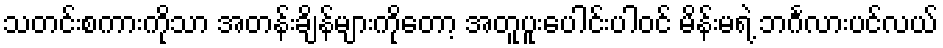
သတင်းစကားကိုသာ အတန်းချိန်များကိုတော့ အတူပူးပေါင်းပါဝင် မိန်းမရဲ့ ဘင်္ဂလားပင်လယ်